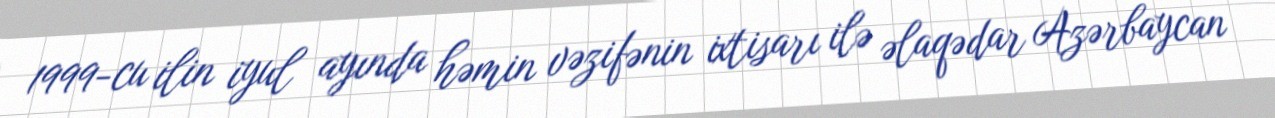
1999-cu ilin iyul ayında həmin vəzifənin ixtisarı ilə əlaqədar Azərbaycan